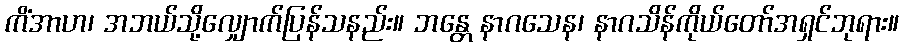
ကိံအာဟ၊ အဘယ်သို့လျှောက်ပြန်သနည်း။ ဘန္တေ နာဂသေန၊ နာဂသိန်ကိုယ်တော်အရှင်ဘုရား။